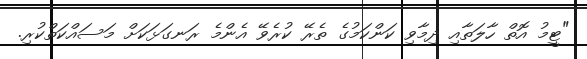
"ޓީމު އޮތް ހާލަތާއި ދިމާވި ކަންކަމުގެ ތެރޭ ކުރެވޭ އެންމެ ރަނގަޅަކަށް މަސައްކަތްކުރި.